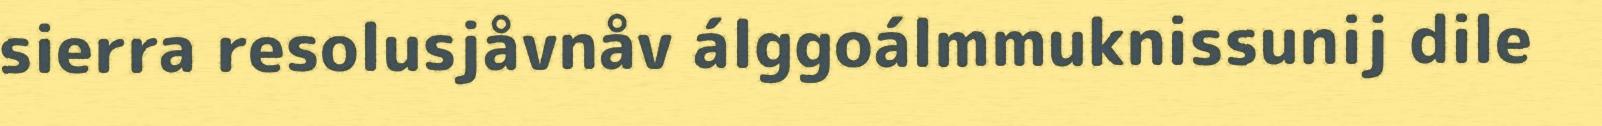
sierra resolusjåvnåv álggoálmmuknissunij dile